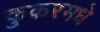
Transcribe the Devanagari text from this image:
कुकरमधे